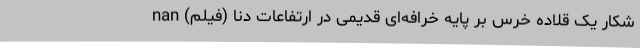
شکار یک قلاده خرس بر پایه خرافه‌ای قدیمی در ارتفاعات دنا (فیلم) nan